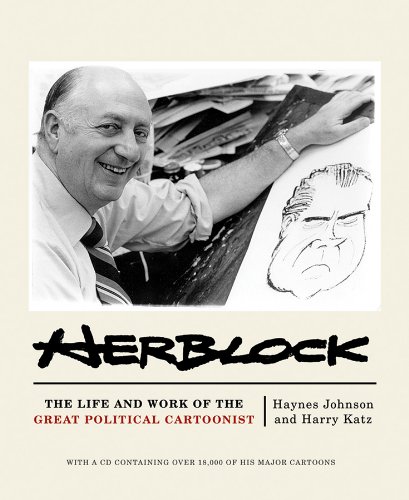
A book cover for Herblock: The Life and Works of the Great Political Cartoonist; Herbert Block; Humor & Entertainment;